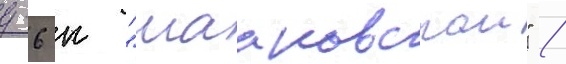
д-6 к "мааковскои" /